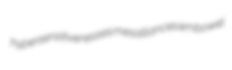
hypersensitivenesses mesalliances embowel